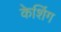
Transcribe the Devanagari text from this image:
केशिंग